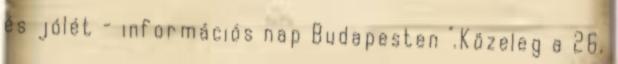
és jólét - információs nap Budapesten ".Közeleg a 26.